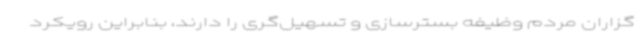
‌گزاران مردم وظیفه بسترسازی و تسهیل‌گری را دارند، بنابراین رویکرد